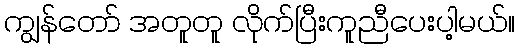
ကျွန်တော် အတူတူ လိုက်ပြီးကူညီပေးပါ့မယ်။